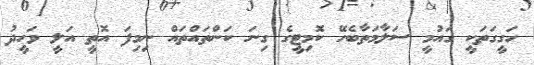
ހަގީގަތަކީ ގައުމީ ސަލާމަތާބެހޭ ކޮމިޓީގެ ގިނަ ކަންތައްތައް ނިމިފަ އޮތީ އަލީ ވަހީދު